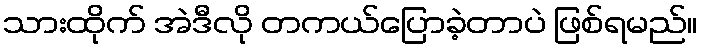
သားထိုက် အဲဒီလို တကယ်ပြောခဲ့တာပဲ ဖြစ်ရမည်။